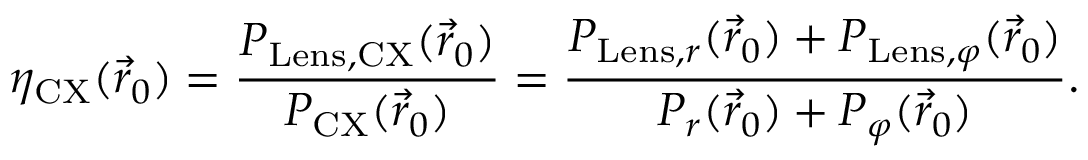
\eta _ { \mathrm { C X } } ( \vec { r } _ { 0 } ) = \frac { P _ { \mathrm { L e n s , C X } } ( \vec { r } _ { 0 } ) } { P _ { \mathrm { C X } } ( \vec { r } _ { 0 } ) } = \frac { P _ { \mathrm { L e n s } , r } ( \vec { r } _ { 0 } ) + P _ { \mathrm { L e n s } , \varphi } ( \vec { r } _ { 0 } ) } { P _ { r } ( \vec { r } _ { 0 } ) + P _ { \varphi } ( \vec { r } _ { 0 } ) } .